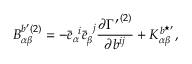
{ B } _ { \alpha \beta } ^ { b ^ { \prime } ( 2 ) } = - { \bar { e } } _ { \alpha } ^ { \; \; i } { \bar { e } } _ { \beta } ^ { \; \; j } \frac { \partial { \Gamma ^ { \prime } } ^ { ( 2 ) } } { \partial b ^ { i j } } + { K } _ { \alpha \beta } ^ { b ^ { \star \prime } } ,